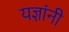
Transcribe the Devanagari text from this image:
यज्ञांनी